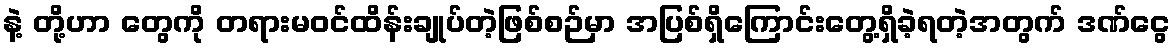
နဲ့ တို့ဟာ တွေကို တရားမဝင်ထိန်းချုပ်တဲ့ဖြစ်စဉ်မှာ အပြစ်ရှိကြောင်းတွေ့ရှိခဲ့ရတဲ့အတွက် ဒဏ်ငွေ